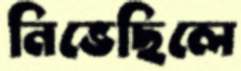
নিভেছিলে